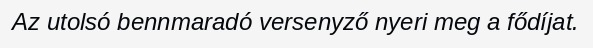
Az utolsó bennmaradó versenyző nyeri meg a fődíjat.